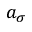
a _ { \sigma }